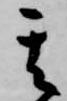
其